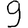
Digit: 9